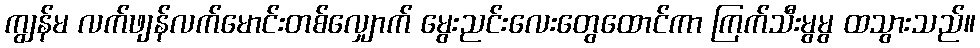
ကျွန်မ လက်ဖျန်လက်မောင်းတစ်လျှောက် မွေးညင်းလေးတွေထောင်ကာ ကြက်သီးမွမွ ထသွားသည်။